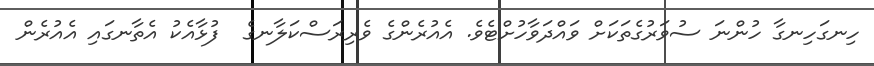
ހިނގަހިނގާ ހުންނަ ސުވަރުގެތަކަށް ވައްދަވާހުށްޓެވެ. އެއުރެންގެ ވެރިރަސްކަލާނގެ  ފުޅާއެކު އެތާނގައި އެއުރެން